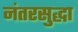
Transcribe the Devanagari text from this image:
नंतरसुद्धा